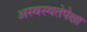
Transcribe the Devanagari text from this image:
अस्वस्थतेपेक्षा